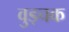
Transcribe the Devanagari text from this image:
वुड्चक